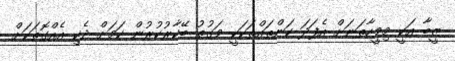
ޒީބާ އަކީ މިވީހާތަނަށް އެފަދަ ކަންތައްތަކަކީ ވަގުތު ބޭކާރުކުރުން ކަމަށް ދެކި އެއްގޮތަކަށް